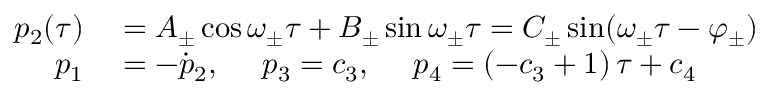
\begin{array} { r l } { p _ { 2 } ( \tau ) } & { { } = A _ { \pm } \cos \omega _ { \pm } \tau + B _ { \pm } \sin \omega _ { \pm } \tau = C _ { \pm } \sin ( \omega _ { \pm } \tau - \varphi _ { \pm } ) } \\ { p _ { 1 } } & { { } = - \dot { p } _ { 2 } , ~ ~ ~ ~ p _ { 3 } = c _ { 3 } , ~ ~ ~ ~ p _ { 4 } = ( - c _ { 3 } + 1 ) \, \tau + c _ { 4 } } \end{array}